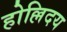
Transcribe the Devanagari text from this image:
होल्लिदय